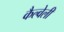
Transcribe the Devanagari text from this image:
कैल्वेली